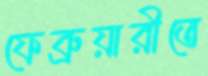
ফেব্রুয়ারীতে